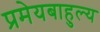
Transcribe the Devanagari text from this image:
प्रमेयबाहुल्य